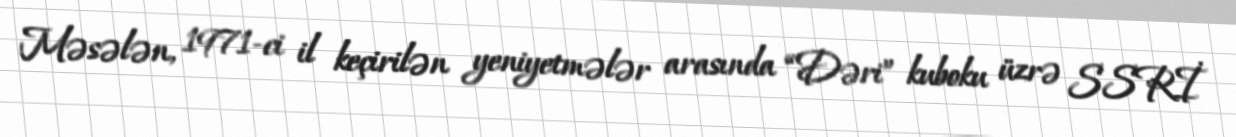
Məsələn, 1971-ci il keçirilən yeniyetmələr arasında “Dəri” kuboku üzrə SSRİ